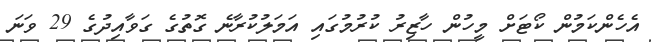
އެހެންކަމުން ކޯޓަށް މީހުން ހާޒިރު ކުރުމުގައި އަމަލުކުރާނެ ގޮތުގެ ގަވާއިދުގެ 29 ވަނަ